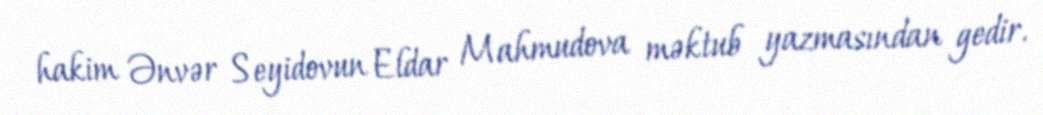
hakim Ənvər Seyidovun Eldar Mahmudova məktub yazmasından gedir.